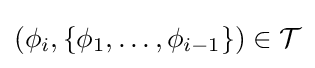
(\phi _{i},\{\phi _{1},\ldots ,\phi _{i-1}\})\in {\mathcal {T}}